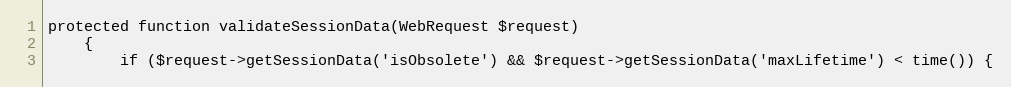
Language: PHP
protected function validateSessionData(WebRequest $request)
    {
        if ($request->getSessionData('isObsolete') && $request->getSessionData('maxLifetime') < time()) {